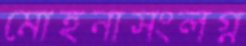
মোহনাসংলগ্ন